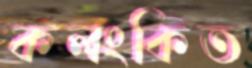
কলংকিত